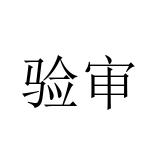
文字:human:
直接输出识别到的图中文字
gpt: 验审